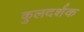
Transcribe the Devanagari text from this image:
कुलदर्शक